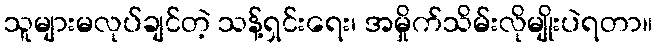
သူများမလုပ်ချင်တဲ့ သန့်ရှင်းရေး၊ အမှိုက်သိမ်းလိုမျိုးပဲရတာ။